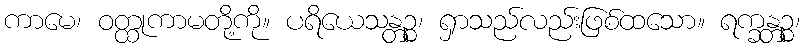
ကာမေ၊ ဝတ္ထုကာမတို့ကို။ ပရိယေသန္တဉ္စ၊ ရှာသည်လည်းဖြစ်ထသော။ ရက္ခန္တဉ္စ၊